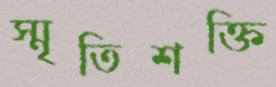
স্মৃতিশক্তি